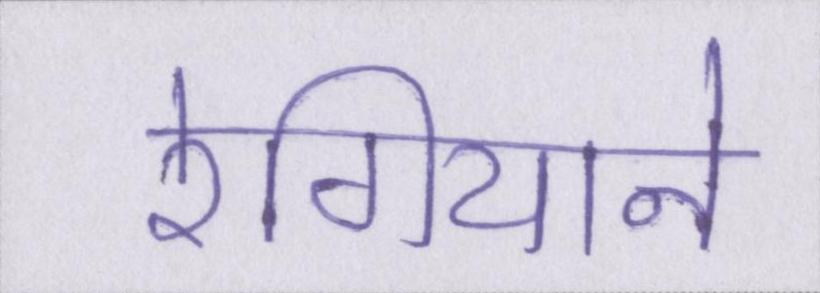
रेगियाने